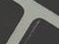
تراك